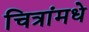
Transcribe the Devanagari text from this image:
चित्रांमधे